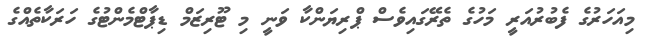
މިއަހަރުގެ ފެބުރުއަރީ މަހުގެ ތެރޭގައިވެސް ޕްރިޔަންކާ ވަނީ މި ޓޫރިޒަމް ޑިޕާޓްމެންޓުގެ ހަރަކާތެއްގެ